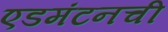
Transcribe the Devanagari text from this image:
एडमंटनची